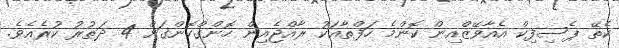
ކެތޭ ޕެސިފިކް އެއާވޭޒްއިން ކޮންމެ ހަފްތާއަކު ރާއްޖެއިން ހޮންގްކޮންގަށް 4 ދަތުރު ކުރެއެވެ.